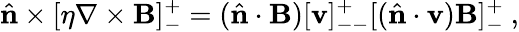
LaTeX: \hat{\mathbf{n}}\times[\eta\mathbf{\nabla}\times\mathbf{B}]_{-}^{+}=(\hat{\mathbf{n}}\cdot\mathbf{B})[\mathbf{v}]_{--}^{+}[(\hat{\mathbf{n}}\cdot\mathbf{v})\mathbf{B}]_{-}^{+}~,